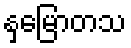
နှမြောတသ